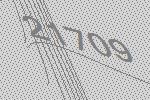
21709